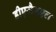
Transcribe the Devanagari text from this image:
डीएजैडएल